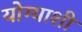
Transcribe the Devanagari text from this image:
योग्याशी